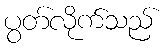
ပွတ်လိုက်သည်